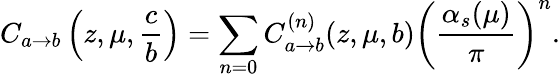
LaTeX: C_{a\rightarrow b}\left(z,\mu,\frac{c}{b}\right)=\sum_{n=0}C_{a\rightarrow b}^{(n)}(z,\mu,b)\left(\frac{\alpha_{s}(\mu)}{\pi}\right)^{n}.